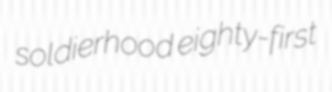
soldierhood eighty-first